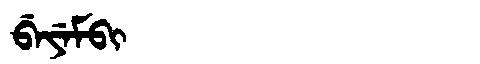
Manchu: ᠪᡝᠶᡝᠮᠪᡳ
Romanization: BEYEMBI